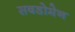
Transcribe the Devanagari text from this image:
सबडोमेन